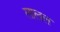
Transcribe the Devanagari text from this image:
लालल